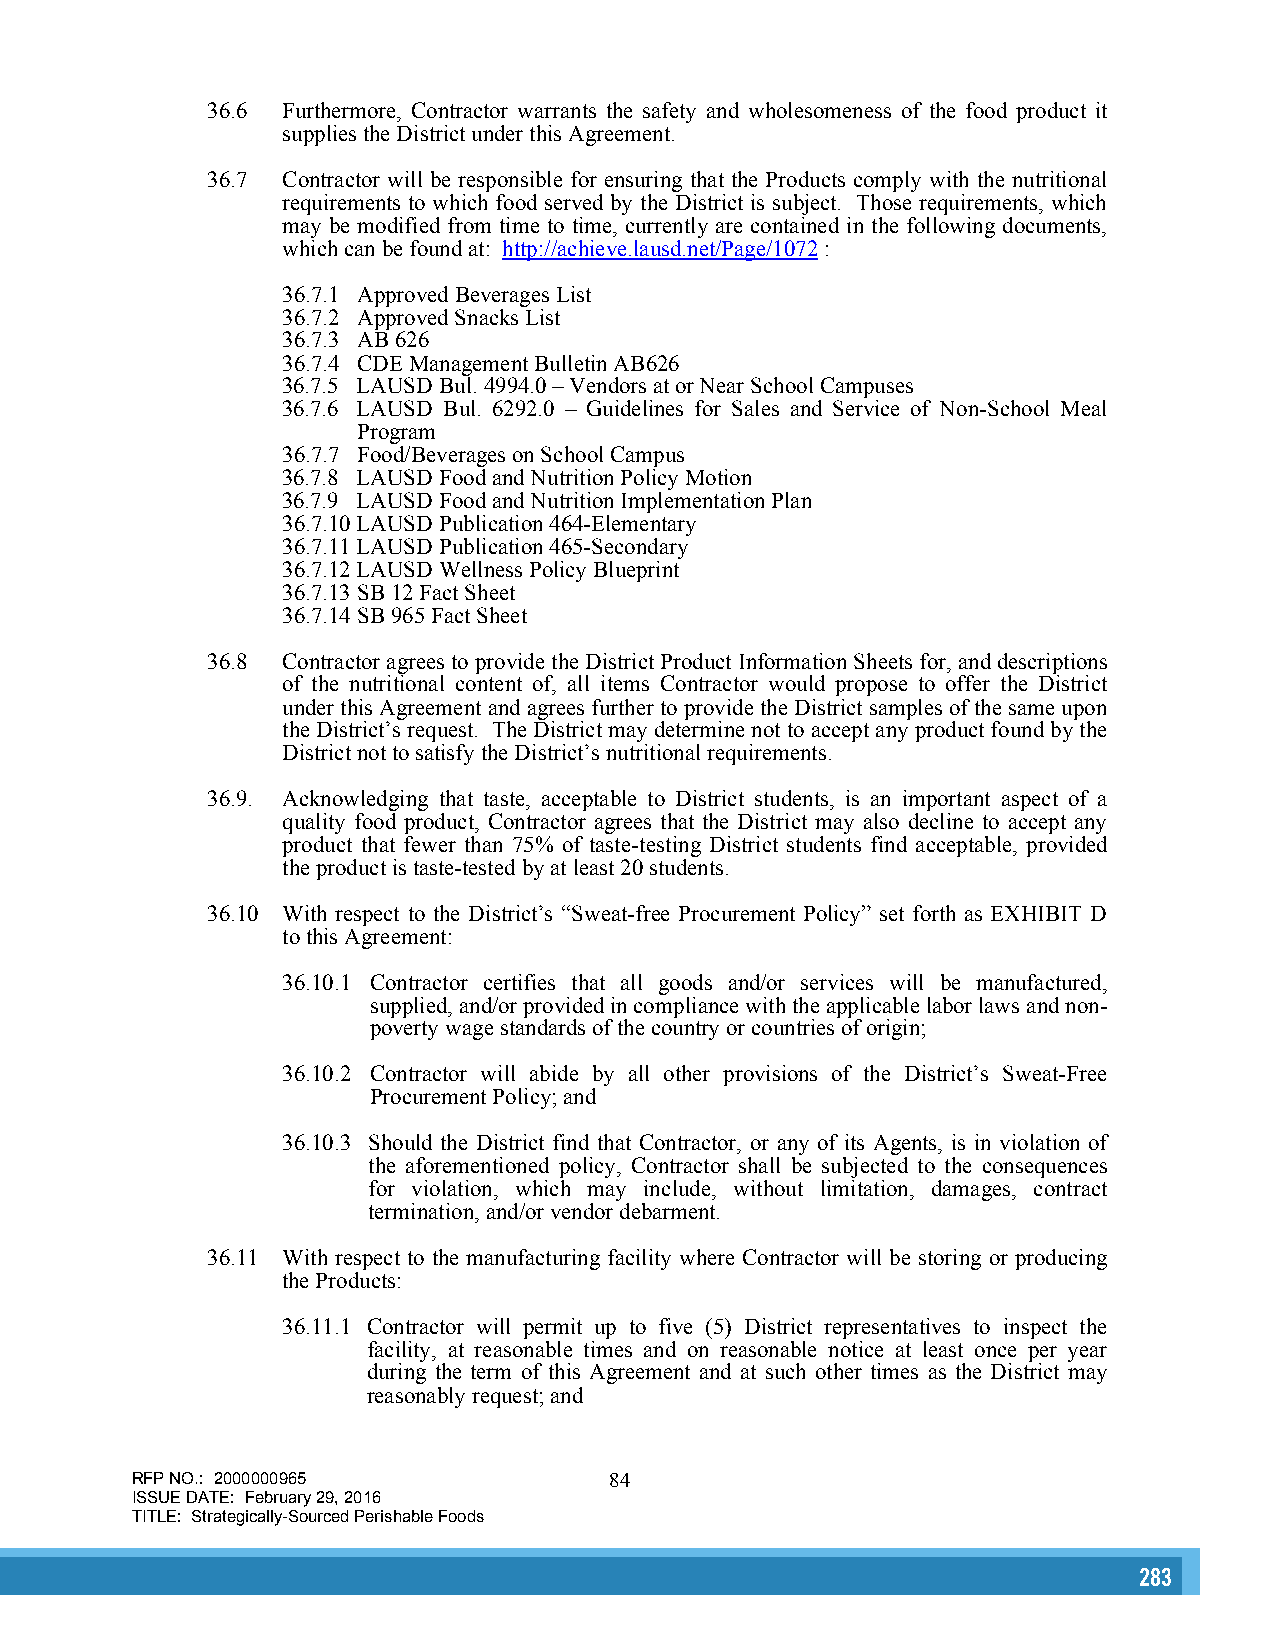
36.6 Furthermore, Contractor warrants the safety and wholesomeness of the food product it
 supplies the District under this Agreement.
 36.7 Contractor will be responsible for ensuring that the Products comply with the nutritional
 requirements to which food served by the District is subject. Those requirements, which
 may be modified from time to time, currently are contained in the following documents,
 which can be found at: http://achieve.lausd.net/Page/1072 :
 36.7.1 Approved Beverages List
 36.7.2 Approved Snacks List
 36.7.3 AB 626
 36.7.4 CDE Management Bulletin AB626
 36.7.5 LAUSD Bul. 4994.0 – Vendors at or Near School Campuses
 36.7.6 LAUSD Bul. 6292.0 – Guidelines for Sales and Service of Non-School Meal
 Program
 36.7.7 Food/Beverages on School Campus
 36.7.8 LAUSD Food and Nutrition Policy Motion
 36.7.9 LAUSD Food and Nutrition Implementation Plan
 36.7.10 LAUSD Publication 464-Elementary
 36.7.11 LAUSD Publication 465-Secondary
 36.7.12 LAUSD Wellness Policy Blueprint
 36.7.13 SB 12 Fact Sheet
 36.7.14 SB 965 Fact Sheet
 36.8 Contractor agrees to provide the District Product Information Sheets for, and descriptions
 of the nutritional content of, all items Contractor would propose to offer the District
 under this Agreement and agrees further to provide the District samples of the same upon
 the District’s request. The District may determine not to accept any product found by the
 District not to satisfy the District’s nutritional requirements.
 36.9. Acknowledging that taste, acceptable to District students, is an important aspect of a
 quality food product, Contractor agrees that the District may also decline to accept any
 product that fewer than 75% of taste-testing District students find acceptable, provided
 the product is taste-tested by at least 20 students.
 36.10 With respect to the District’s “Sweat-free Procurement Policy” set forth as EXHIBIT D
 to this Agreement:
 36.10.1 Contractor certifies that all goods and/or services will be manufactured,
 supplied, and/or provided in compliance with the applicable labor laws and non-
 poverty wage standards of the country or countries of origin;
 36.10.2 Contractor will abide by all other provisions of the District’s Sweat-Free
 Procurement Policy; and
 36.10.3 Should the District find that Contractor, or any of its Agents, is in violation of
 the aforementioned policy, Contractor shall be subjected to the consequences
 for violation, which may include, without limitation, damages, contract
 termination, and/or vendor debarment.
 36.11 With respect to the manufacturing facility where Contractor will be storing or producing
 the Products:
 36.11.1 Contractor will permit up to five (5) District representatives to inspect the
 facility, at reasonable times and on reasonable notice at least once per year
 during the term of this Agreement and at such other times as the District may
 reasonably request; and
 RFP NO.: 2000000965            84
 ISSUE DATE: February 29, 2016
 TITLE: Strategically-Sourced Perishable Foods
 283